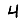
Digit: 4